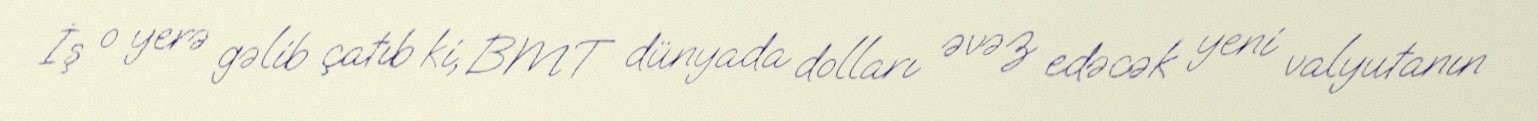
İş o yerə gəlib çatıb ki, BMT dünyada dolları əvəz edəcək yeni valyutanın